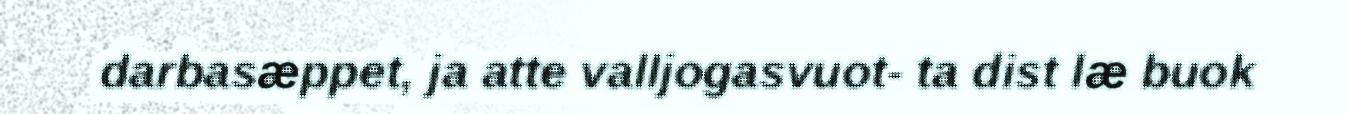
darbasæppet, ja atte valljogasvuot- ta dist læ buok